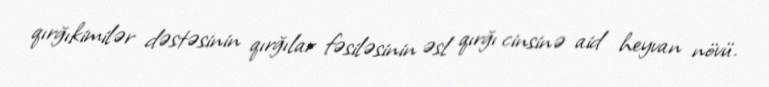
qırğıkimilər dəstəsinin qırğılar fəsiləsinin əsl qırğı cinsinə aid heyvan növü.